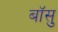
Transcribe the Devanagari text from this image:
बॉसु